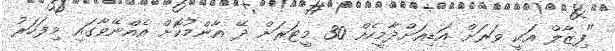
"ފިޒާލް އަކީ ވަރަށް އަޑިއަށްދާމީހެއް 30 މީޓަރަށް ދޭ އާންމުކޮށް އެއްނޭވާގައި މިފަހަރު